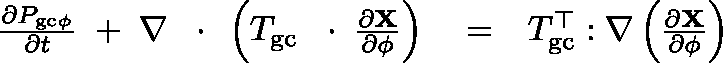
\begin{array} { r l r } { \frac { \partial P _ { \mathrm { g c } \phi } } { \partial t } \; + \; \nabla \, \mathrm { ~ \boldmath ~ \cdot ~ } \, \left( \mathbb { T } _ { \mathrm { g c } } \, \mathrm { ~ \boldmath ~ \cdot ~ } \, \frac { \partial \bf X } { \partial \phi } \right) } & { { } = } & { \mathbb { T } _ { \mathrm { g c } } ^ { \top } : \nabla \left( \frac { \partial \bf X } { \partial \phi } \right) } \end{array}